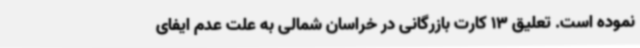
نموده است. تعلیق 13 کارت بازرگانی در خراسان شمالی به علت عدم ایفای